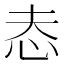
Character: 𢗤